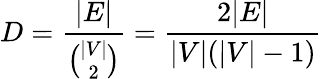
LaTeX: D={\frac{|E|}{\binom{|V|}{2}}}={\frac{2|E|}{|V|(|V|-1)}}